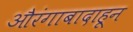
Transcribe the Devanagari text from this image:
औरंगाबादाहून